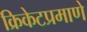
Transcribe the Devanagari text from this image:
क्रिकेटप्रमाणे